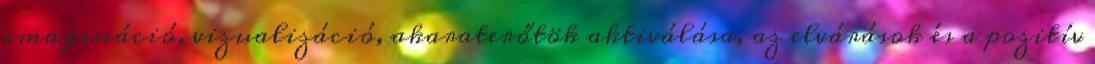
imagináció, vizualizáció, akaraterőtök aktiválása, az elvárások és a pozitív